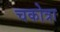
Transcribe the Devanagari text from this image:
चकोत्रा